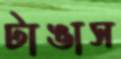
টাঙাস